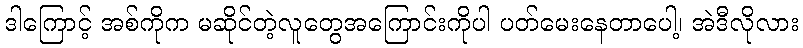
ဒါကြောင့် အစ်ကိုက မဆိုင်တဲ့လူတွေအကြောင်းကိုပါ ပတ်မေးနေတာပေါ့၊ အဲဒီလိုလား